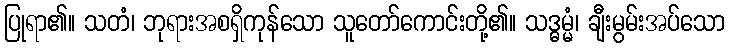
ပြုရာ၏။ သတံ၊ ဘုရားအစရှိကုန်သော သူတော်ကောင်းတို့၏။ သဒ္ဓမ္မံ၊ ချီးမွမ်းအပ်သော